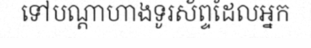
ទៅបណ្តាហាងទូរស័ព្ទដែលអ្នក